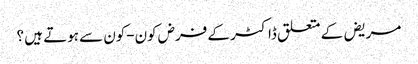
مریض کے متعلق ڈاکٹر کے فرض کون-کون سے ہوتے ہیں ؟